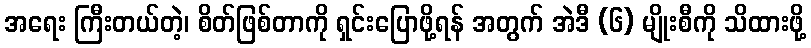
အရေး ကြီးတယ်တဲ့၊ စိတ်ဖြစ်တာကို ရှင်းပြောဖို့ရန် အတွက် အဲဒီ (၆) မျိုးစီကို သိထားဖို့